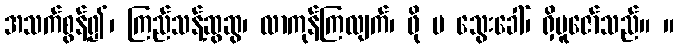
အသက်စွန့်၍၊ ကြည်သန့်ဆွဆွ၊ လာကုန်ကြလျက်၊ ဖို မ သွေးခေါ်၊ ရှိပူဇော်သည်။ ။